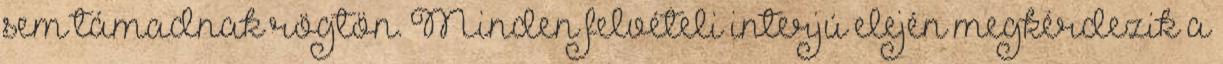
sem támadnak rögtön. Minden felvételi interjú elején megkérdezik a